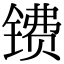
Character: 镄